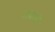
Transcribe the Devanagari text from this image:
रायजी